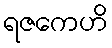
ရဇကေဟိ